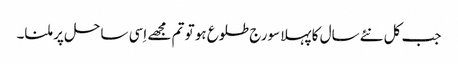
جب کل نئےسال کا پہلا سورج طلوع ہو تو تم مجھے اِسی ساحل پر ملنا۔